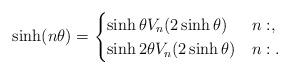
LaTeX: \begin{align*}\sinh(n \theta) = \begin{cases}\sinh \theta V_n(2\sinh \theta) & n: ,\\\sinh 2\theta V_n(2\sinh \theta) & n: .\end{cases}\end{align*}